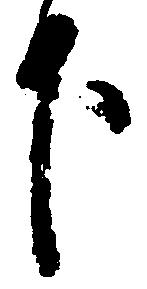
下